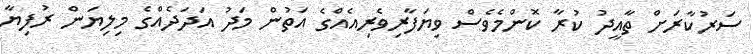
ސަރުކާރަށް ތާއީދު ކުރާ ކޮންމެވެސް ވިޔަފާރިވެރިއެއްގެ އަތުން މަދު އަދަދެއްގެ މިލިޔަން ރުފިޔާ